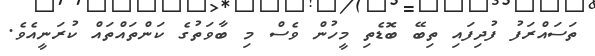
ތަސައްރަފު ފުދިފައި ތިބޭ ބޮޑެތި މީހުން ވެސް މި ބާވަތުގެ ކަންތައްތައް ކުރަނީއެވެ.